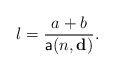
\begin{align*}l=\frac{a+b}{\mathsf{a}(n,\mathbf{d})}.\end{align*}